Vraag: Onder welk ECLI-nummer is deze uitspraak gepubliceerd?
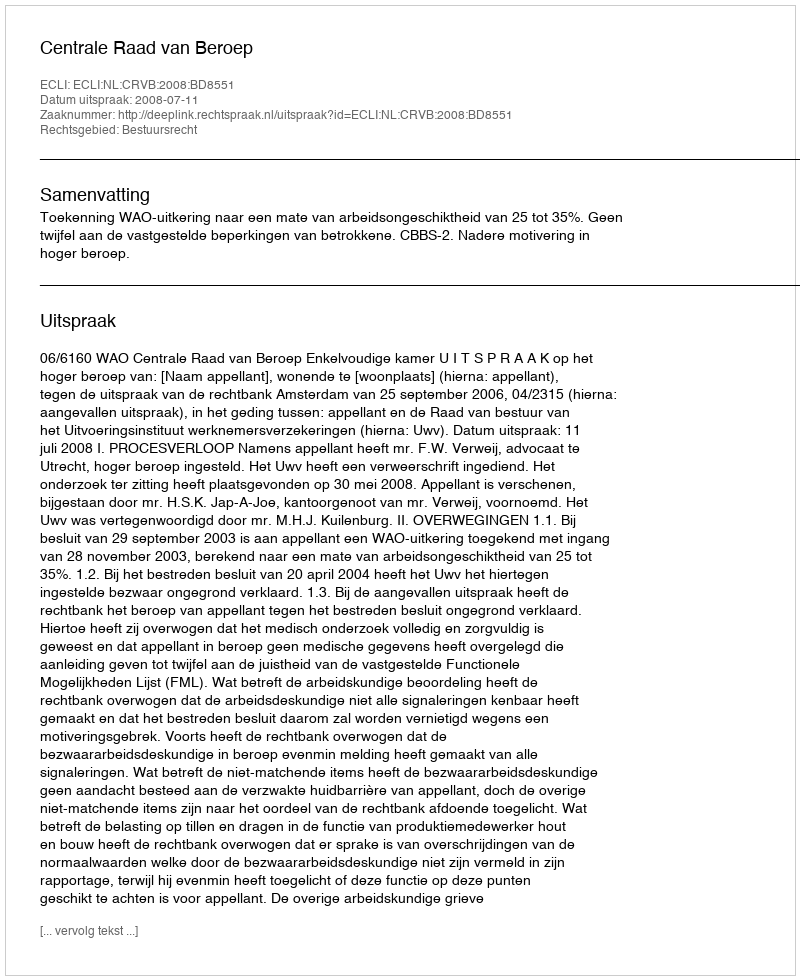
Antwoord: ECLI:NL:CRVB:2008:BD8551